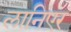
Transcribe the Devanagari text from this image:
लानिएर